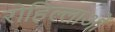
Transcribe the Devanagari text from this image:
रोहिल्लाओं